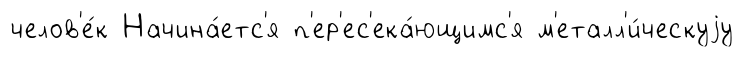
челов'е́к Начина́етс'я п'ер'ес'ека́ющимс'я м'еталл'и́ческуjу